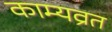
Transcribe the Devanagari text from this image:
काम्यव्रत